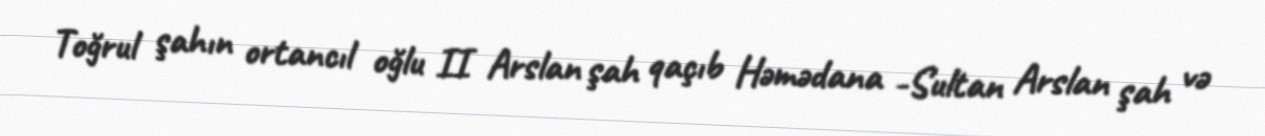
Toğrul şahın ortancıl oğlu II Arslan şah qaçıb Həmədana -Sultan Arslan şah və